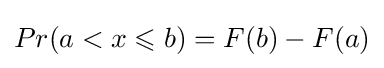
Pr(a<x\leqslant b)=F(b)-F(a)